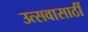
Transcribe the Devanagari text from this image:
उत्सवासाठीं